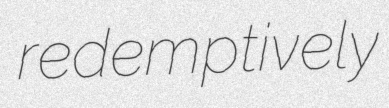
redemptively